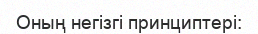
Оның негізгі принциптері: